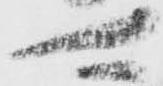
可